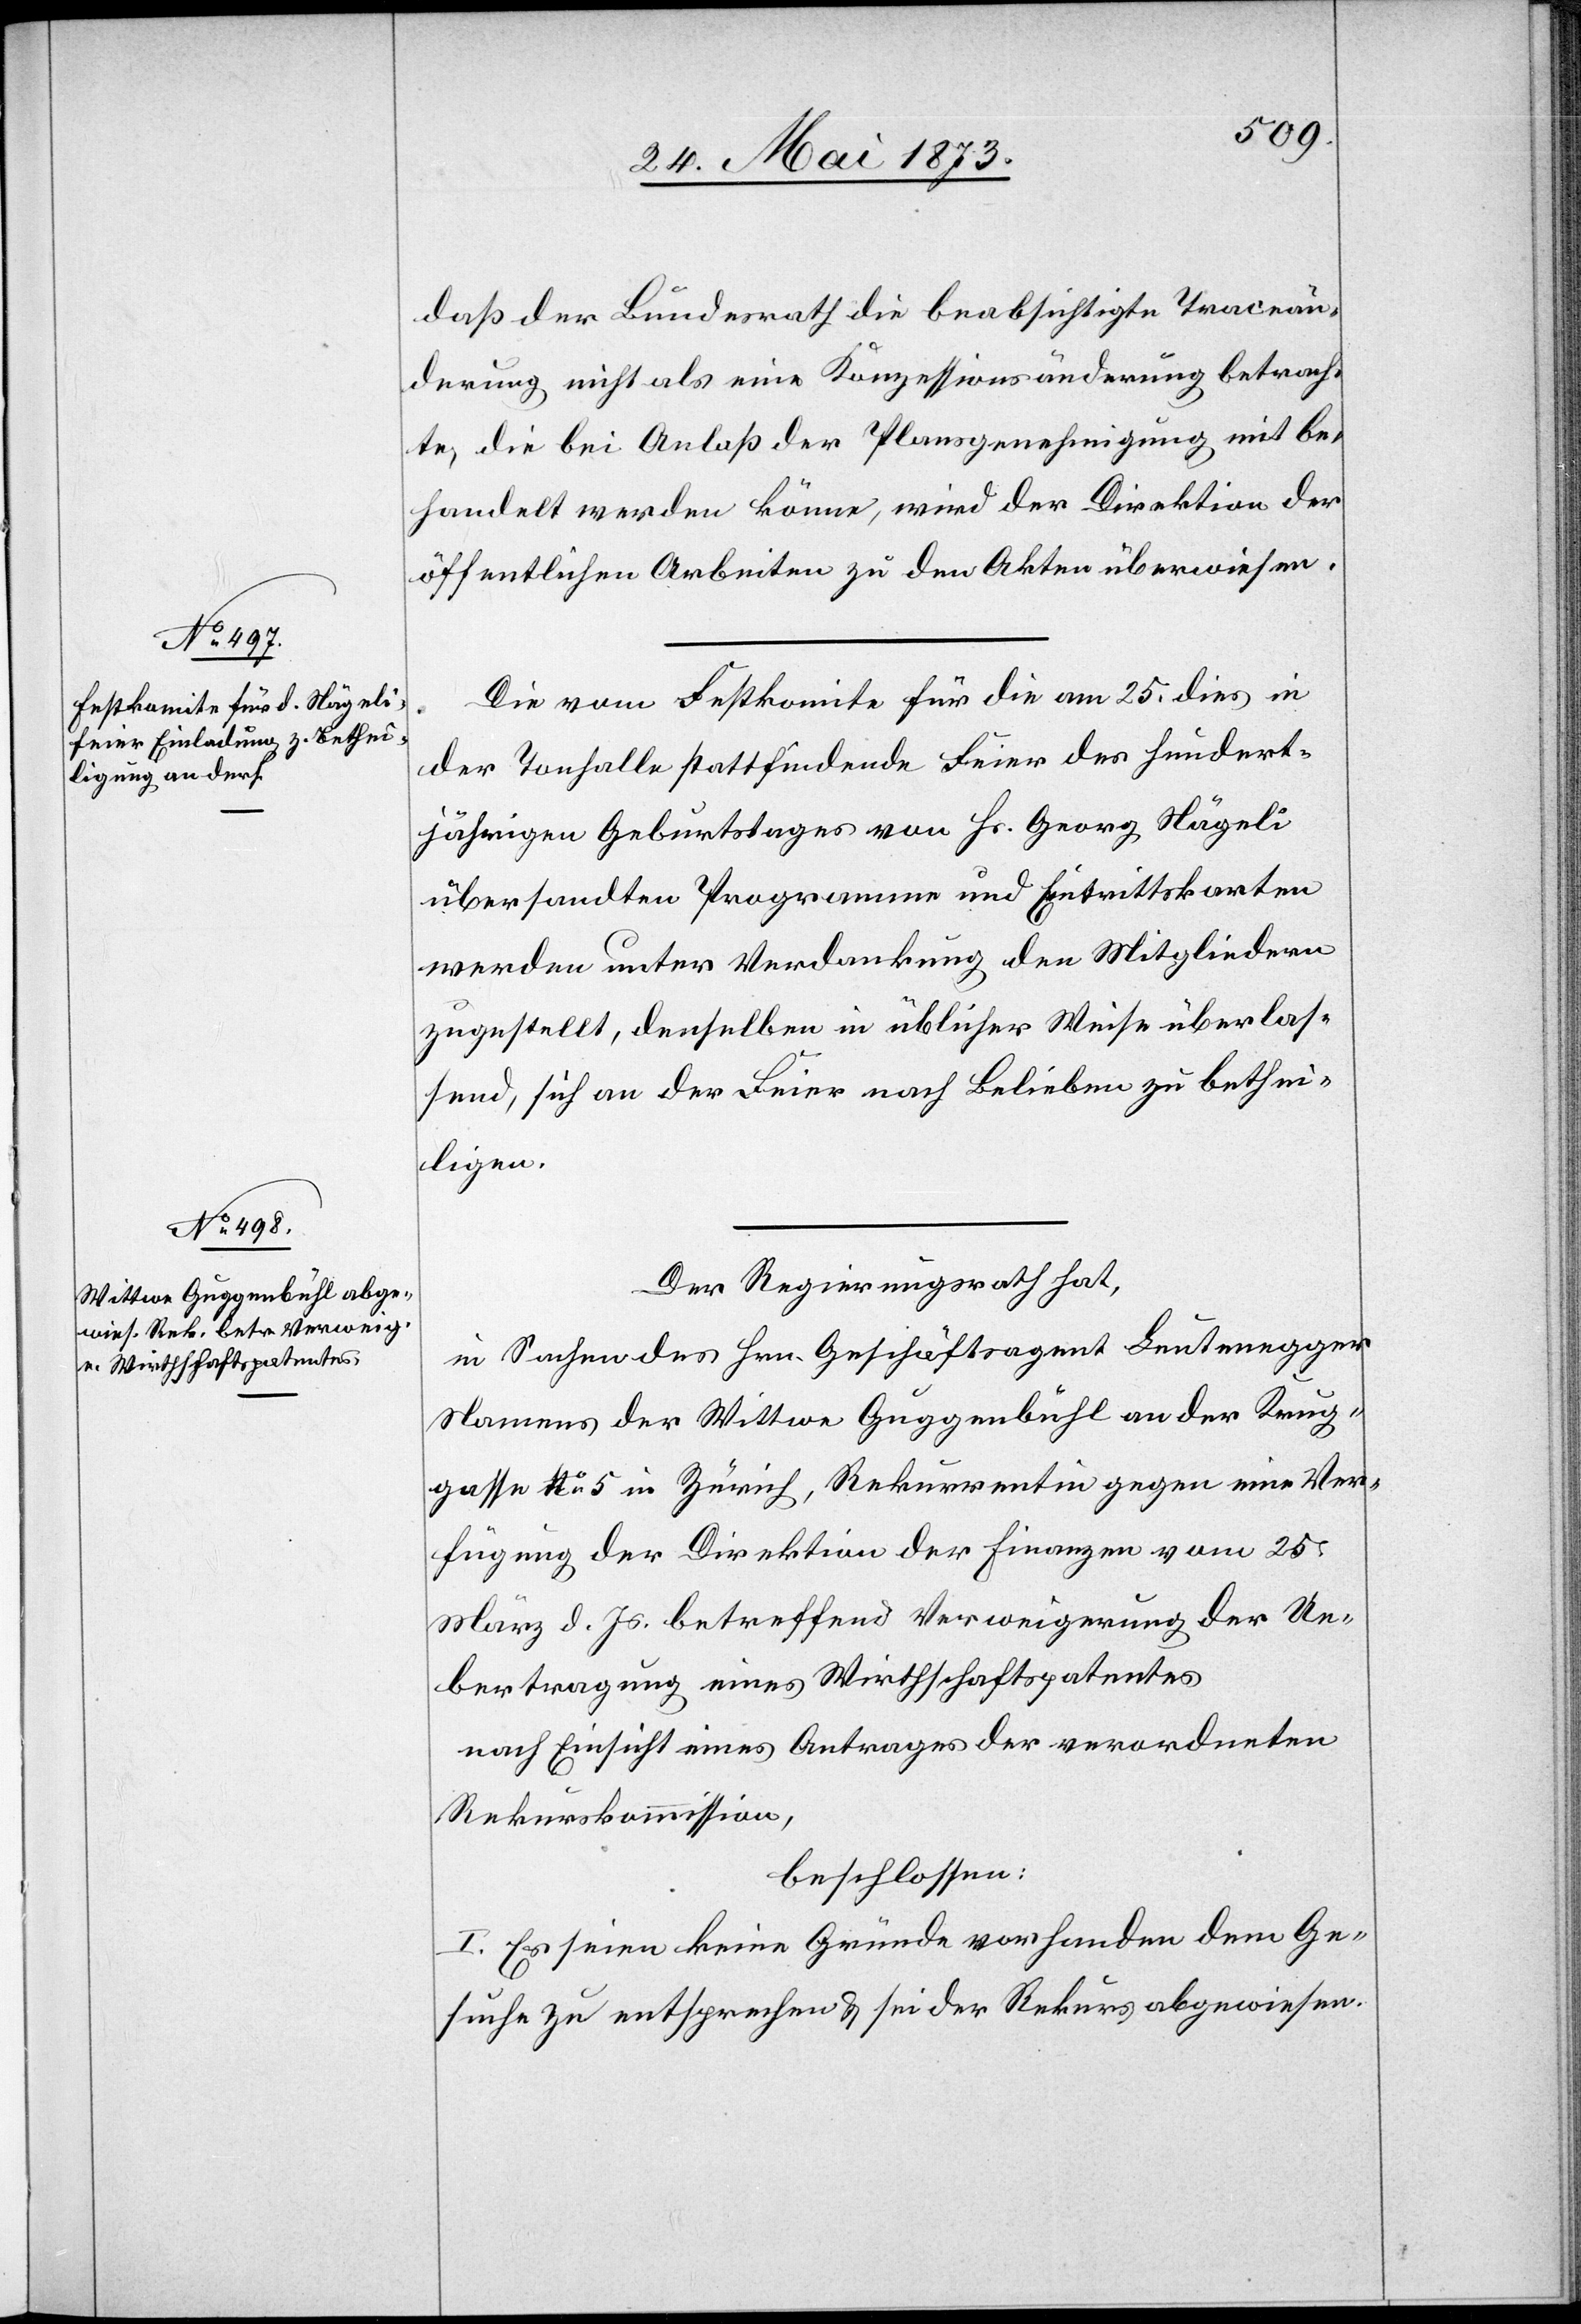
daß der Bundesrath die beabsichtigte Traceän¬
derung nicht als eine Konzessionsänderung betrach¬
te, die bei Anlaß der Plansgenehmigung mit be¬
handelt werden könne, wird der Direktion der
öffentlichen Arbeiten zu den Akten überwiesen.
Die vom Festkomite für die am 25. dies in
der Tonhalle stattfindende Feier des hundert¬
jährigen Geburtstages von Hr. Georg Nägeli
übersandten Programme und Eintrittskarten
werden unter Verdankung den Mitgliedern
zugestellt, denselben in üblicher Weise überlas¬
send, sich an der Feier nach Belieben zu bethei¬
ligen.
Der Regierungsrath hat,
in Sachen des Hrn. Geschäftsagent Leutenegger
Namens der Wittwe Guggenbühl an der Krug¬
gasse No 5 in Zürich, Rekurrentin gegen eine Ver¬
fügung der Direktion der Finanzen vom 25.
März d. Js. betreffend Verweigerung der Ue¬
bertragung eines Wirthschaftspatentes
nach Einsicht eines Antrages der verordneten
Rekurskommission,
beschlossen:
I. Es seien keine Gründe vorhanden dem Ge¬
suche zu entsprechen & sei der Rekurs abgewiesen.